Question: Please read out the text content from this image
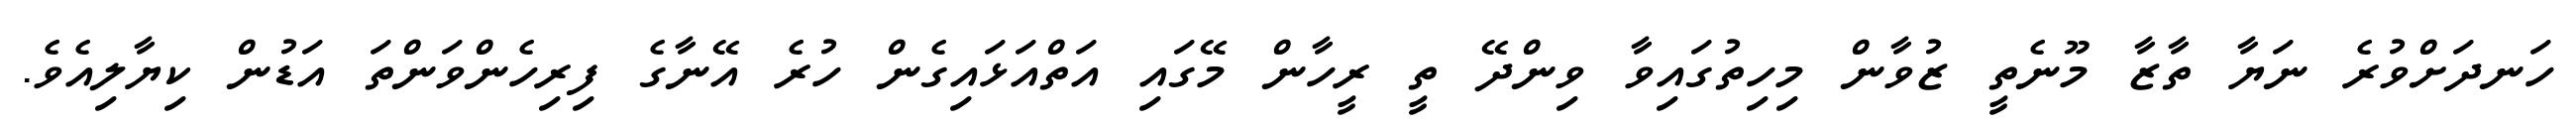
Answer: ހަނދަށްވުރެ ނަޔާ ތާޒާ މޫނެތީ ޒުވާން މިހިތުގައިވާ ވިންދޭ ތީ ރީހާން މޭގައި އަތްއަޅައިގެން ހުރެ އޭނާގެ ފިރިހެންވަންތަ އަޑުން ކިޔާލިއެވެ.